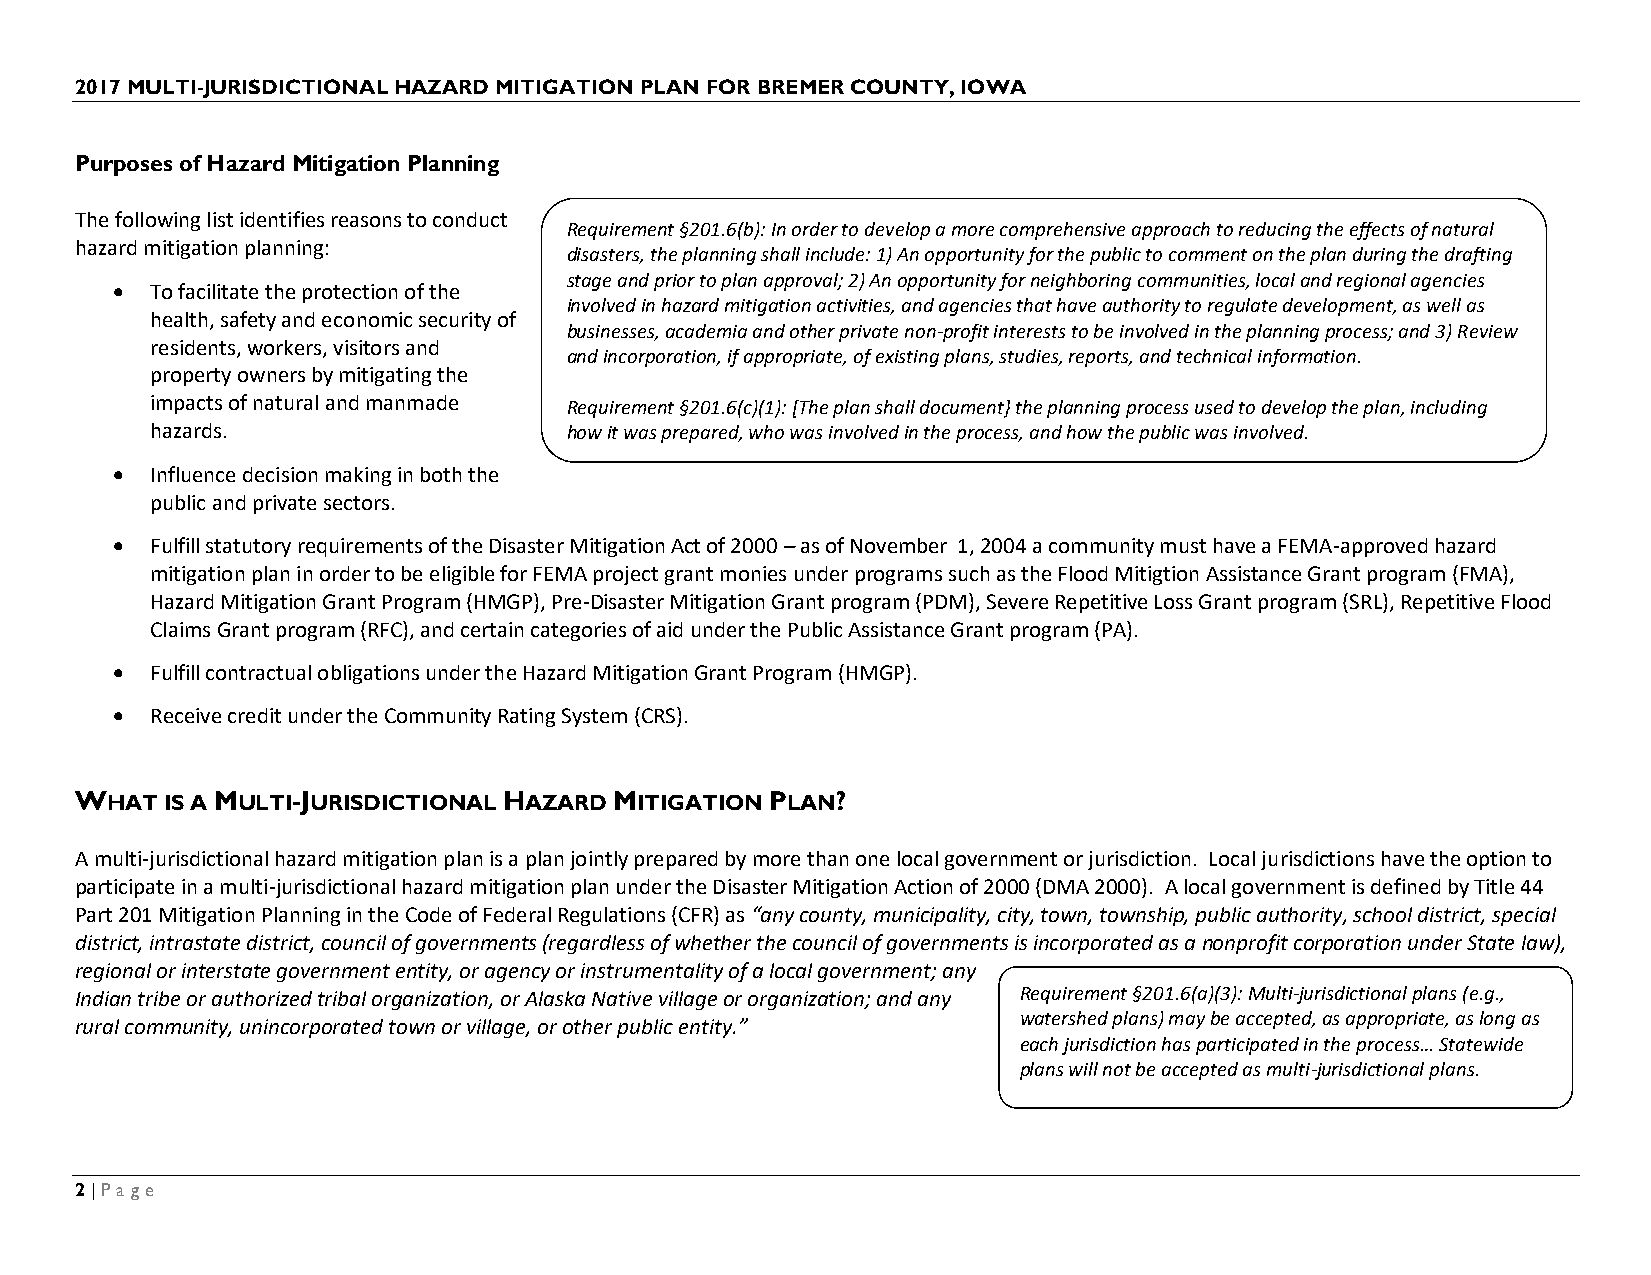
2017 MULTI-JURISDICTIONAL HAZARD MITIGATION PLAN FOR BREMER COUNTY, IOWA
 Purposes of Hazard Mitigation Planning
 The following list identifies reasons to conduct
 Requirement §201.6(b): In order to develop a more comprehensive approach to reducing the effects of natural
 hazard mitigation planning:
 disasters, the planning shall include: 1) An opportunity for the public to comment on the plan during the drafting
 stage and prior to plan approval; 2) An opportunity for neighboring communities, local and regional agencies
 •  To facilitate the protection of the
 involved in hazard mitigation activities, and agencies that have authority to regulate development, as well as
 health, safety and economic security of
 businesses, academia and other private non-profit interests to be involved in the planning process; and 3) Review
 residents, workers, visitors and
 and incorporation, if appropriate, of existing plans, studies, reports, and technical information.
 property owners by mitigating the
 impacts of natural and manmade Requirement §201.6(c)(1): [The plan shall document} the planning process used to develop the plan, including
 hazards.                   how it was prepared, who was involved in the process, and how the public was involved.
 •  Influence decision making in both the
 public and private sectors.
 •  Fulfill statutory requirements of the Disaster Mitigation Act of 2000 – as of November 1, 2004 a community must have a FEMA-approved hazard
 mitigation plan in order to be eligible for FEMA project grant monies under programs such as the Flood Mitigtion Assistance Grant program (FMA),
 Hazard Mitigation Grant Program (HMGP), Pre-Disaster Mitigation Grant program (PDM), Severe Repetitive Loss Grant program (SRL), Repetitive Flood
 Claims Grant program (RFC), and certain categories of aid under the Public Assistance Grant program (PA).
 •  Fulfill contractual obligations under the Hazard Mitigation Grant Program (HMGP).
 •  Receive credit under the Community Rating System (CRS).
 WHAT  IS A MULTI-JURISDICTIONAL HAZARD MITIGATION PLAN?
 A multi-jurisdictional hazard mitigation plan is a plan jointly prepared by more than one local government or jurisdiction. Local jurisdictions have the option to
 participate in a multi-jurisdictional hazard mitigation plan under the Disaster Mitigation Action of 2000 (DMA 2000). A local government is defined by Title 44
 Part 201 Mitigation Planning in the Code of Federal Regulations (CFR) as “any county, municipality, city, town, township, public authority, school district, special
 district, intrastate district, council of governments (regardless of whether the council of governments is incorporated as a nonprofit corporation under State law),
 regional or interstate government entity, or agency or instrumentality of a local government; any
 Indian tribe or authorized tribal organization, or Alaska Native village or organization; and any Requirement §201.6(a)(3): Multi-jurisdictional plans (e.g.,
 watershed plans) may be accepted, as appropriate, as long as
 rural community, unincorporated town or village, or other public entity.”
 each jurisdiction has participated in the process… Statewide
 plans will not be accepted as multi-jurisdictional plans.
 2 | Page